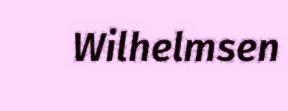
Wilhelmsen